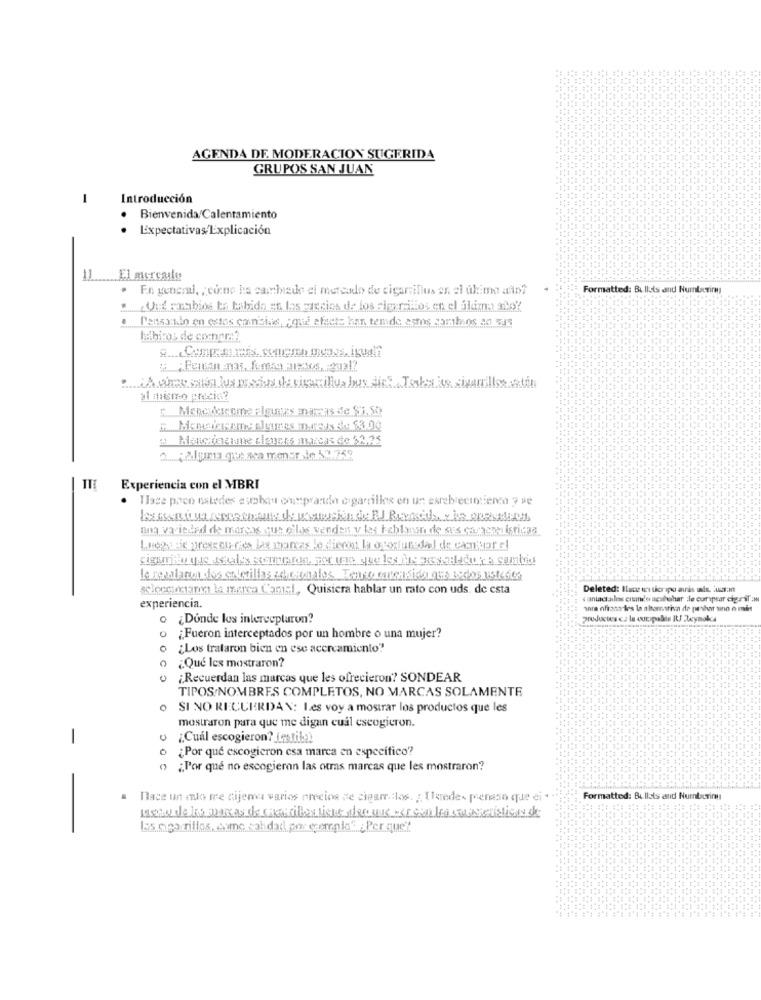
AGENDA DE. MODERACION SUGERIDA
GRUPOS SAN JUAN
-
Introducción
Bienvenida/Calentamiento
Expectativas/Explicación
11
El mercato
. En general, , eine ha cambiade el mercado de cigarrillos en el último aint
Formatted: Bullets and Nurnbczimy
Und -nabios ta tabido en los precios de los rigeratios en el flame ado?
L'enga:tin en estas consis, ; que afecte har, temde estos cambios an que
habitos de compra?
: ¿ A obce sala los precios de visarillua bus dir. Torka as siarillos satin
al mismo precin?
c ... Mencukrcome almaes marcas de $1,50
2. ; alguma que sea mensrate 50,759
Experiencia con el MBRI
Tlaze poen estedes ssebou ounprando cigarrillos en un esrebrecintienca 7 pe
una variedad de marcas que ellas venden y les hablaron de sus caracpedigricaa
Luego de presseures las marcas le dieron la oportunidad de cambiar el
Bloccoctant la marca Canal, Quisiera hablar un rato con uds. de esta
Deleted: Ilans una ticripo auris als. war:m
« antactualns enamle acabohar le curptar cipesT =
experiencia.
wra ofasa-les la a borrariva de peshar sino e min
o ¿Dónde los interceplarun?
¿Fueron interceptados por un hombre o una mujer?
0
¿Los trataron bien en ese acercamiento"
¿Qué les mostraron?
0
¿Recuerdan las marcas que les ofrecieron? SONDEAR
TIPOS/NOMBRES COMPLETOS, NO MARCAS SOLAMENTE
o SI NO RECUERDAN: Les voy a mostrar los productos que les
mostraron para que me digan cuál escogieron.
-
u ¿Cuál escogieron? Lestila)
¿Por qué escogieron csa marca en específico'?
" ¿Por qué no escogieran las otras marcas que les mostraron?
Hace un muo ree cijemaa varios precios de cigarrillos. ; Ulerede- penaso que ei
Formatted: Bullets and Numbering
las cigarillos, same sahdad por exemplo" ¿Per que'?